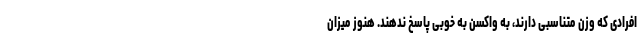
افرادی که وزن متناسبی دارند، به واکسن به خوبی پاسخ ندهند. هنوز میزان